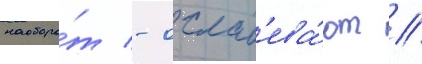
наоборо́т - ослаб'ева́ют //